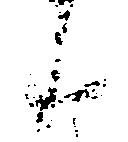
候